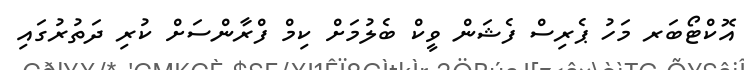
އޮކްޓޯބަރ މަހު ޕެރިސް ފެޝަން ވީކް ބެލުމަށް ކިމް ފްރާންސަށް ކުރި ދަތުރުގައި